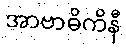
အာဗာဓိကိနီ